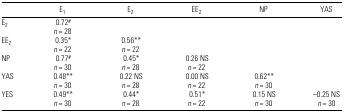
|  | E1 | E2 | EE2 | NP | YAS |
 | --- | --- | --- | --- | --- | --- |
 | E2 | 0.72# |  |  |  |  |
 |  | n = 28 |  |  |  |  |
 | EE2 | 0.35* | 0.56** |  |  |  |
 |  | n = 22 | n = 22 |  |  |  |
 | NP | 0.77# | 0.45* | 0.26 NS |  |  |
 |  | n = 30 | n = 28 | n = 22 |  |  |
 | YAS | 0.48** | 0.22 NS | 0.00 NS | 0.62** |  |
 |  | n = 30 | n = 28 | n = 22 | n = 30 |  |
 | YES | 0.49** | 0.44* | 0.51* | 0.15 NS | −0.25 NS |
 |  | n = 30 | n = 28 | n = 22 | n = 30 | n = 30 |